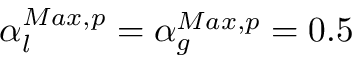
\alpha _ { l } ^ { M a x , p } = \alpha _ { g } ^ { M a x , p } = 0 . 5